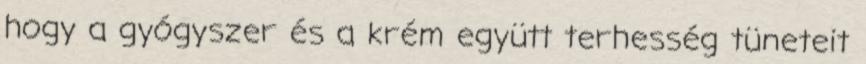
hogy a gyógyszer és a krém együtt terhesség tüneteit